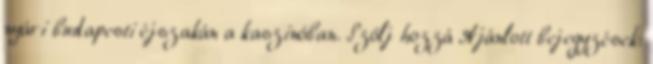
nyári budapesti éjszakán a kaszinóban. Szólj hozzá Ajánlott bejegyzések: